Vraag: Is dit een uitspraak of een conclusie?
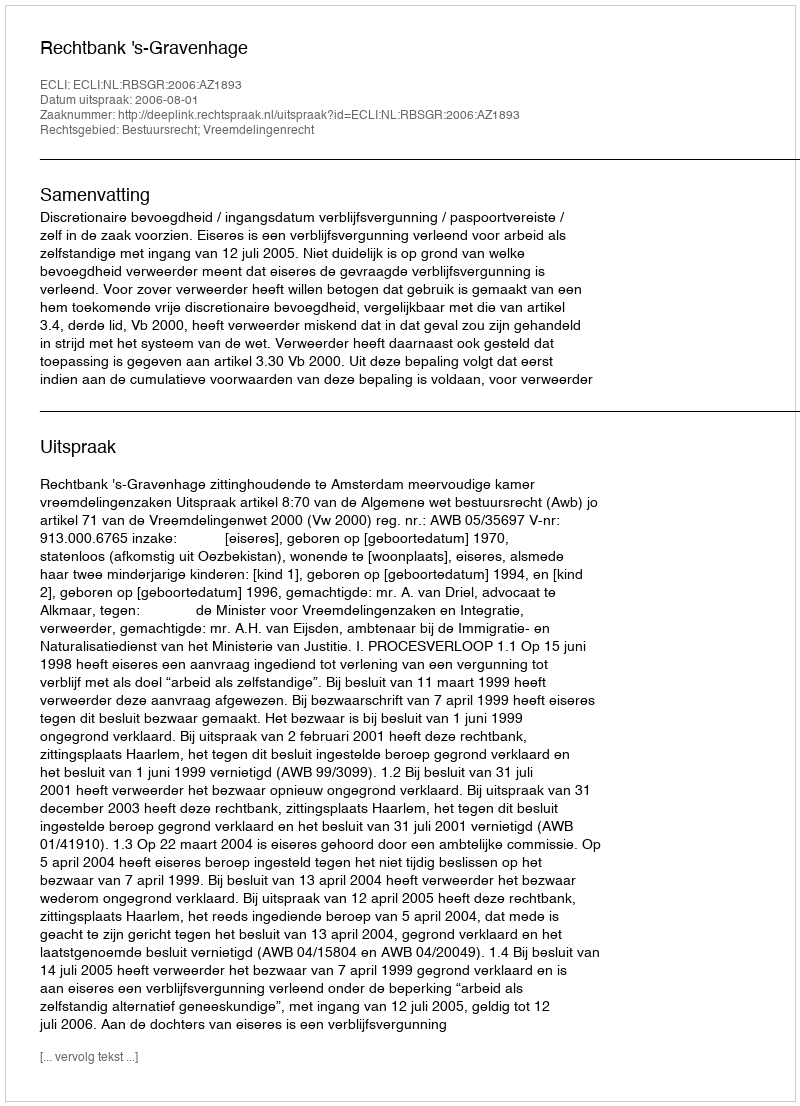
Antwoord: Uitspraak